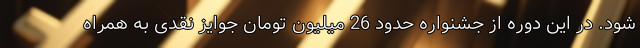
شود. در این دوره از جشنواره حدود 26 میلیون تومان جوایز نقدی به همراه